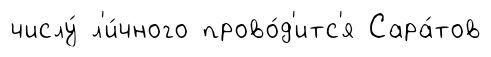
числу́ л'и́чного прово́д'итс'я Сара́тов